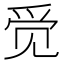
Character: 𮷄